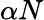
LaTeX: \alpha N